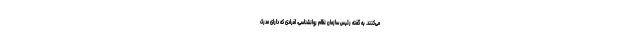
می‌کنند. به گفته رئیس سازمان نظام روانشناسی، افرادی که دارای مدرک